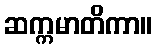
ဆက္ကမာတိကာ။